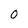
Character: 0